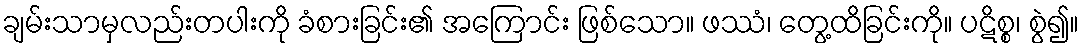
ချမ်းသာမှလည်းတပါးကို ခံစားခြင်း၏ အကြောင်း ဖြစ်သော။ ဖဿံ၊ တွေ့ထိခြင်းကို။ ပဋိစ္စ၊ စွဲ၍။